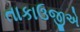
તાકાઉજીએ